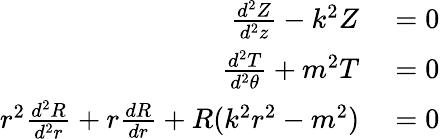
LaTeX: \begin{array}{rl}{\frac{d^{2}Z}{d^{2}z}-k^{2}Z}&{{}=0}\\ {\frac{d^{2}T}{d^{2}\theta}+m^{2}T}&{{}=0}\\ {r^{2}\frac{d^{2}R}{d^{2}r}+r\frac{dR}{dr}+R(k^{2}r^{2}-m^{2})}&{{}=0}\end{array}